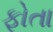
ફોતા